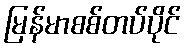
မြန်မာစစ်တပ်ပိုင်